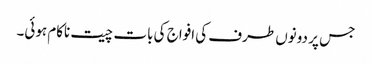
جس پر دونوں طرف کی افواج کی بات چیت ناکام ہوئی۔